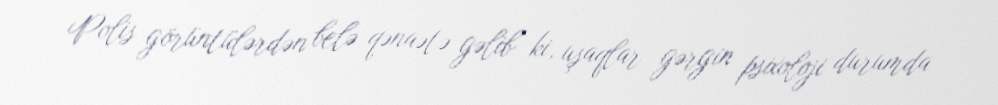
Polis görüntülərdən belə qənaətə gəlib ki, uşaqlar gərgin psixoloji durumda